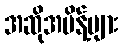
အဆိုအမိန့်များ